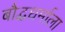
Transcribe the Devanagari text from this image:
बौद्धधर्माला